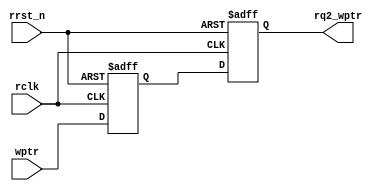
/*
   ******  Multi flop synchronizer Block ******
   by:
       Mohamed Hazem Mamdouh
       28-1-2022
       5:18 PM   
*/
`timescale 1us/1ns
module sync_w2r # (
                        parameter ADDR  = 3
                  )

(
    input  wire                        rclk,
    input  wire                        rrst_n,
    input  wire  [ADDR:0]              wptr,
    output reg   [ADDR:0]              rq2_wptr

);


// internal signal

reg        [ADDR:0]            rq1_wptr;


//----------------- Multi flop synchronizer --------------//


always@(posedge rclk or negedge rrst_n)

  begin
  if(!rrst_n)
  begin
  rq2_wptr <= 0;
  rq1_wptr <= 0;
  end
  else
  begin
  {rq2_wptr,rq1_wptr} <= {rq1_wptr,wptr};        // synchronize the write pointer into the read-clock domain by 2 dff
  end
  end
 

endmodule